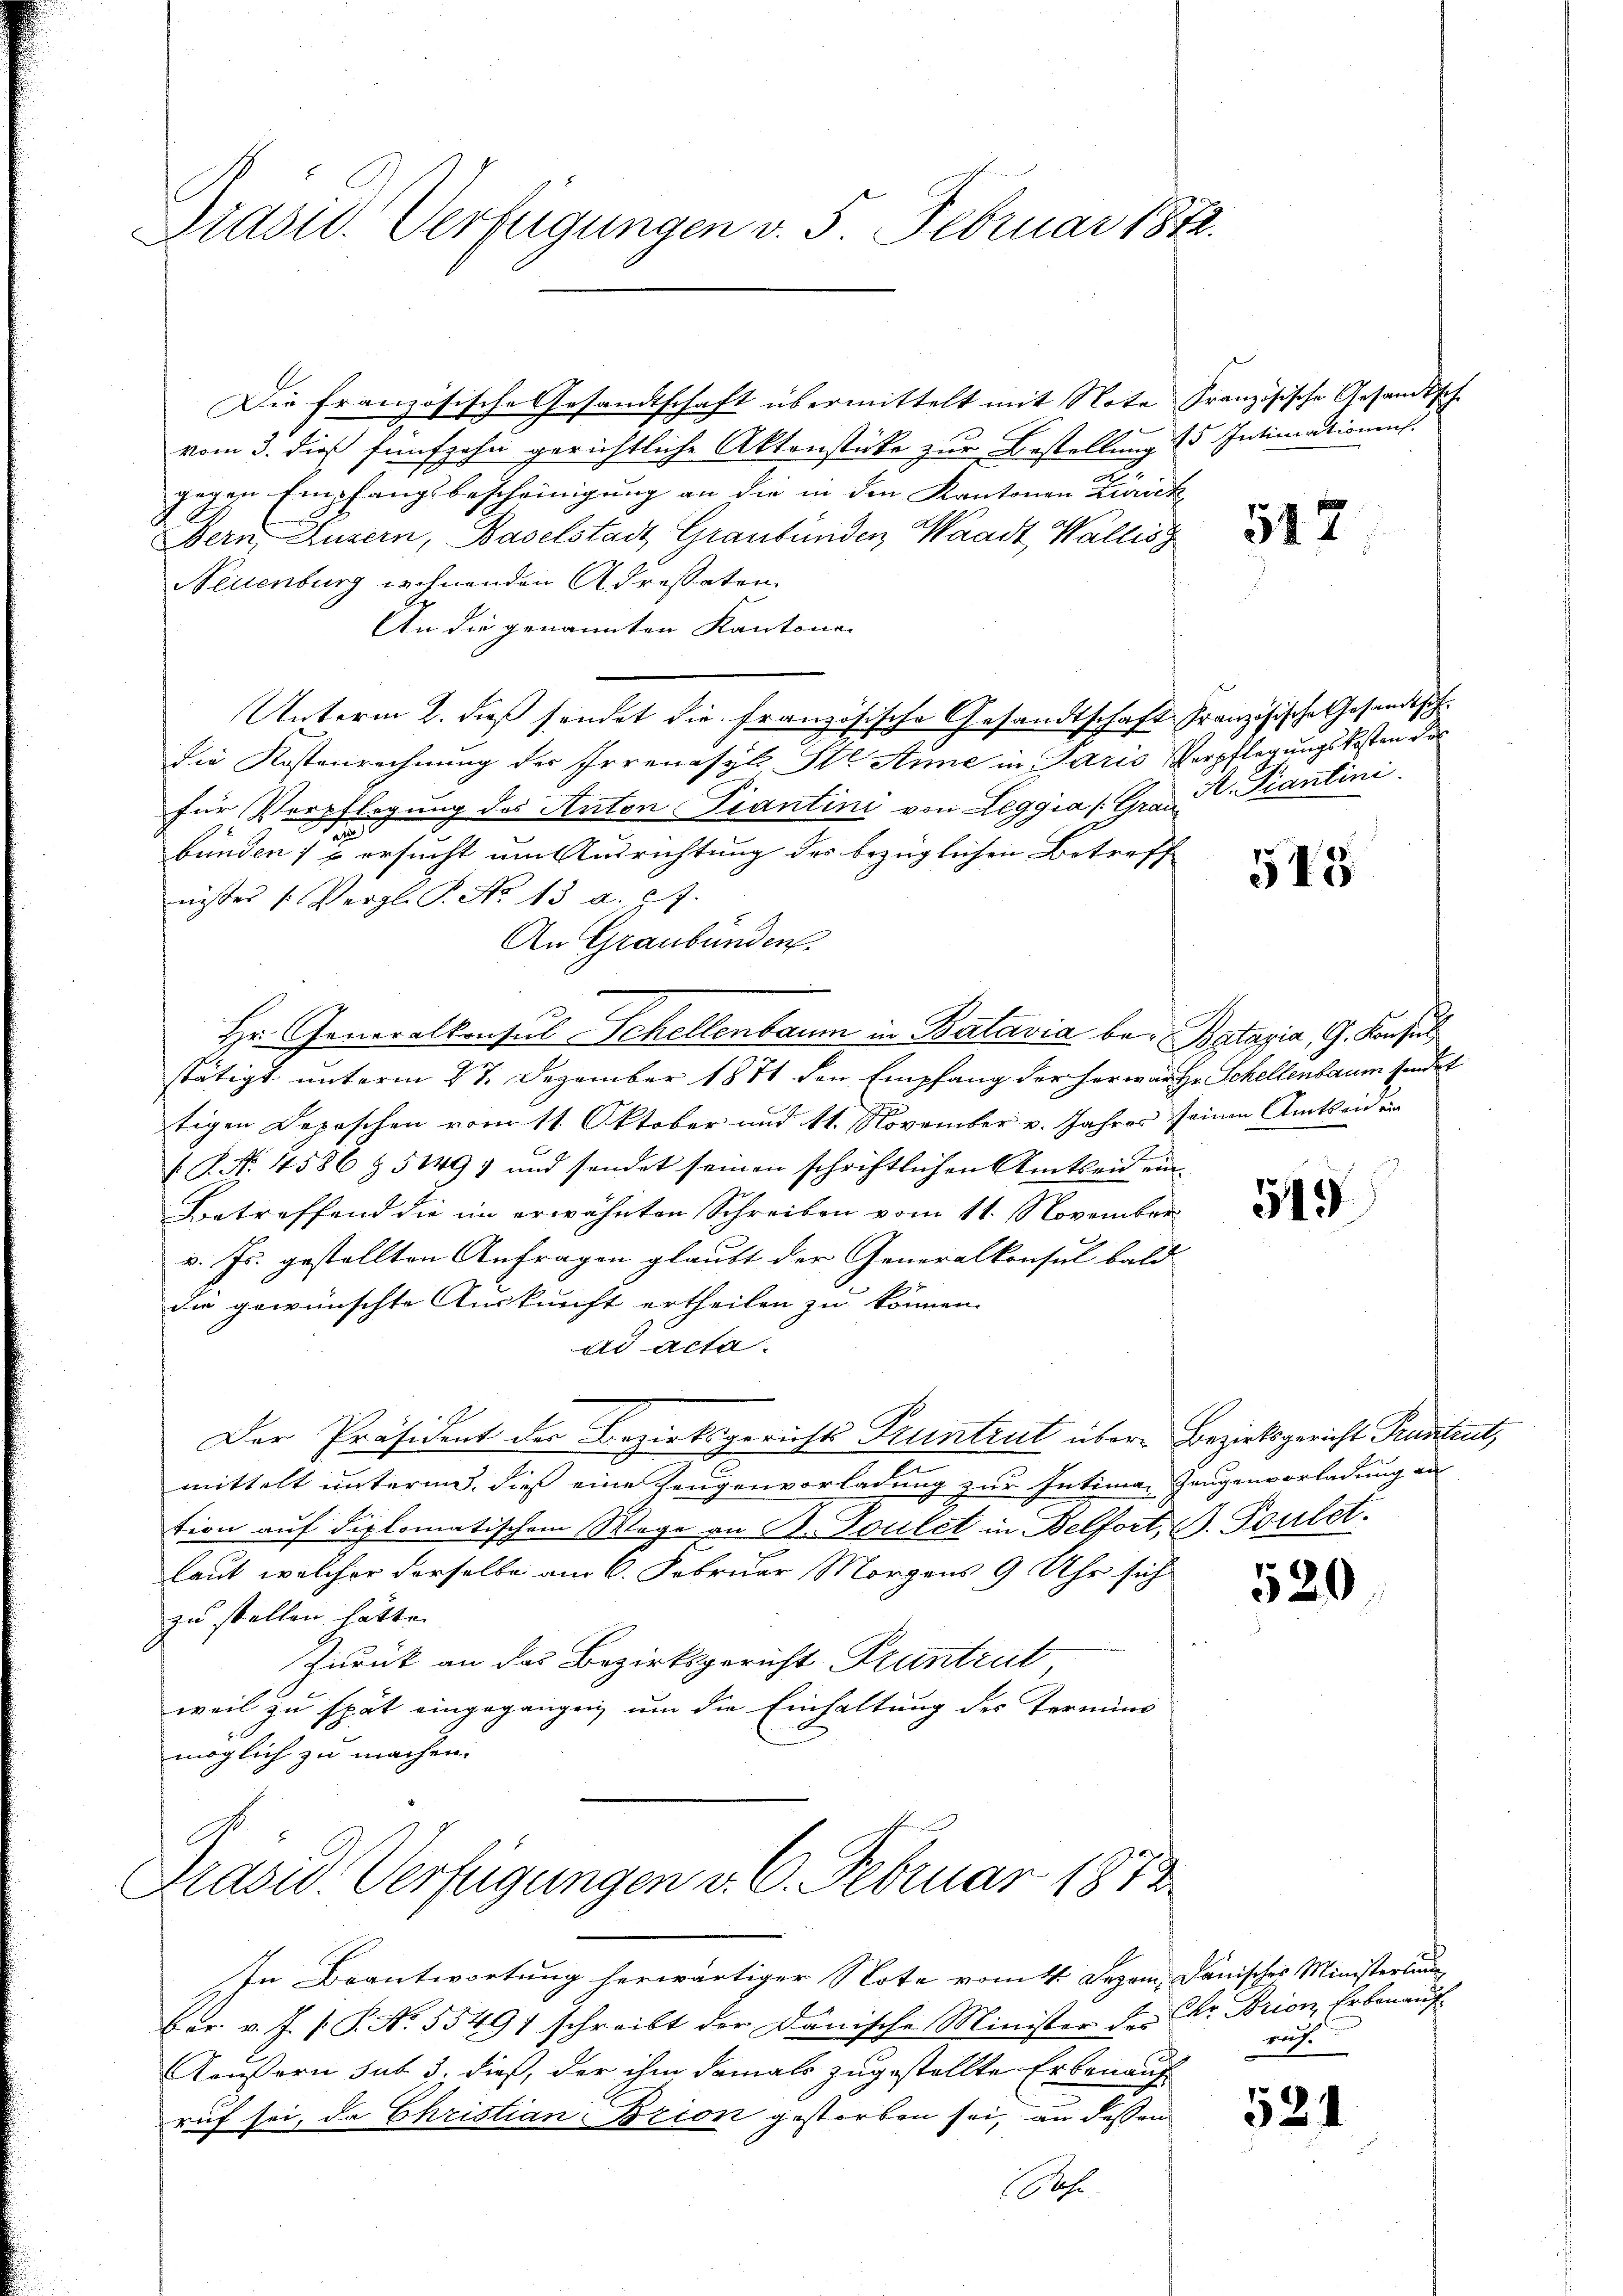
Präsid. Verfügungen v. 5. Februar 1872.

2
gegen Empfangsbescheinigung an die in den Kantonen Zürich
Bern, Luzern, Baselstadt Graubünden Waadt, Wallis
Neuenburg wohnenden Adressaten
An die genannten Kantona
Unterm 2. dieß sendet die Französische Gesandtschaft Französische Gesandtschdie Kostenrechnung des Irrenasyl, St. Arme in Paris Verpflegungskosten der
für Verpflegung des Anton Piantini von Leggia (Graz A. Fiantini
bunden 17 ersucht um Ausrichtung des bezüglichen Betreff
nisses /: Vergl. P. No 13 a. c.
An Graubünden.
Hr. Generalkonsul Schellenbaum in Batavia bei Batavia, G. Konsul
stätigt unterm 27. Dezember 1871 den Empfang der herwärte Schellenbaum sendet
tigen Deposchen vom 11. Oktober und 11. November v. Jahres seinen Amtseiden
 P. Nr. 4586 § 5149) und sendet seinen schriftlichen Amtseid ein
Betreffend die im erwähnten Schreiben vom 11. November
v. Js. gestellten Anfragen glaubt der Generalkonsul bald
die gewünschte Auskunft ertheilen zu können.
ad acta.
Der Präsident der Bezirksgerichts Pruntrut über Bezirksgericht Pruntrut,
mittelt unterm. dieß eine Zeugenvorladung zur Intimar Zeugenvorladung an
tion auf diplomatischem Wege an B. Toulet in Belfort, B. Poulet.
laut, welcher derselbe am 6. Februar Morgens 9 Uhr sich
zu stellen hätte.
Zurück an das Bezirksgericht Pruntrut
weil zu spät eingegangen, um die Einhaltung des Termini
möglich zu machen.
Präsid. Verfügungen v. 6. Februar 1872.
In Beantwortung herwärtiger Note vom 4. Dezem, Dänischer Ministerlin
ber v. J. P.P. N. 55497 schreibt der Danische Minister des Dr. Brion, Erbenan¬
Aeußern sub 3. dieß, der ihm damals zugestellte Erbenauf
ruf sei, da Christian Brion gestorben sei, an dessen

Die französische Gesandtschaft übermittelt mit Note Französische Gesandtsch
vom 3. dieß fünfzehn gerichtliche Aktenstücke zur Bestellung 15 Intimationens

Sache.

517

513

519

520

ruch.

524

s